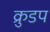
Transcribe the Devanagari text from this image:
क्रुडप